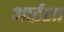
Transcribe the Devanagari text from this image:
आईशा